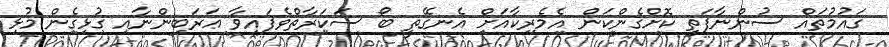
ގައުމުތައް ސުންނާފަތި ކޮށްގެންކަން އެމެރިކާއަށް އެނގޭތީ ބޯ ސަކަރާތްވެފައިވާ ޢަރަބިންނާއި ގުޅިގެން މުޅި